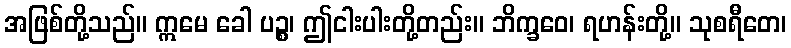
အဖြစ်တို့သည်။ ဣမေ ခေါ ပဉ္စ၊ ဤငါးပါးတို့တည်း။ ဘိက္ခဝေ၊ ရဟန်းတို့။ သုစရီတေ၊